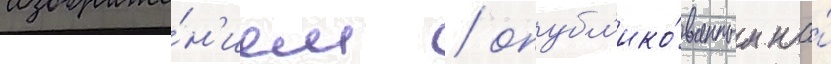
изображе́н'ием / опубл'ико́ванным на́